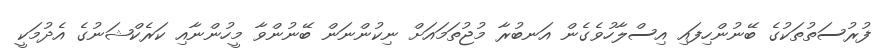
ފުރުސަތުތަކުގެ ބޭނުންހިފައި އިސްލާހުވެގެން އަނބުރާ މުޖުތަމައަށް ނިކުންނަން ބޭނުންވާ މީހުންނާއި ކަރެކްޝަނުގެ އެދުމަކީ